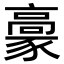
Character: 𩫕